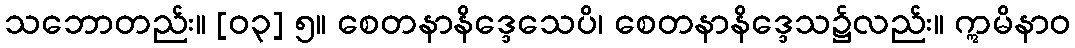
သဘောတည်း။ [၀၃] ၅။ စေတနာနိဒ္ဒေသေပိ၊ စေတနာနိဒ္ဒေသ၌လည်း။ ဣမိနာဝ